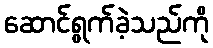
ဆောင်ရွက်ခဲ့သည်ကို